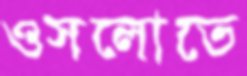
ওসলোতে